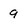
Character: 9